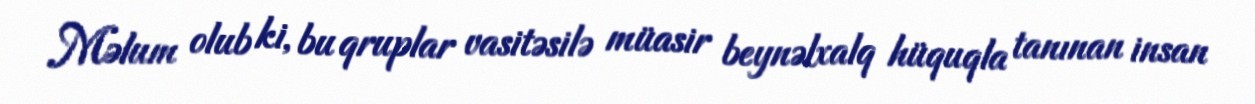
Məlum olub ki, bu qruplar vasitəsilə müasir beynəlxalq hüquqla tanınan insan